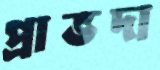
প্রাভদা